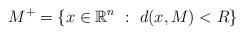
\begin{align*}M^{+}=\left\{ x\in\mathbb{R}^{n}\ :\ d(x,M)<R\right\} \end{align*}